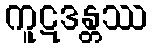
ကူဋဒန္တဿ